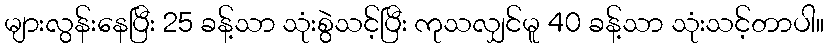
များလွန်းနေပြီး 25 ခန့်သာ သုံးစွဲသင့်ပြီး ကုသလျှင်မူ 40 ခန့်သာ သုံးသင့်တာပါ။